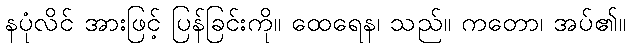
နပုံလိင် အားဖြင့် ပြန်ခြင်းကို။ ထေရေန၊ သည်။ ကတော၊ အပ်၏။